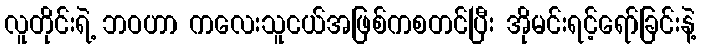
လူတိုင်းရဲ့ ဘဝဟာ ကလေးသူငယ်အဖြစ်ကစတင်ပြီး အိုမင်းရင့်ရော်ခြင်းနဲ့